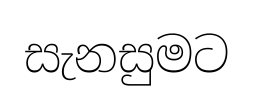
සැනසුමට